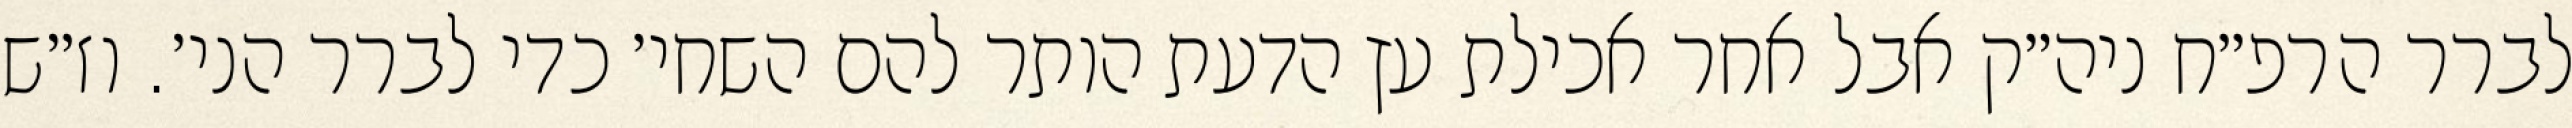
לברר הרפ״ח ניה״ק אבל אחר אכילת עץ הדעת הותר להם השחי׳ כדי לברר הני׳. וז״ש